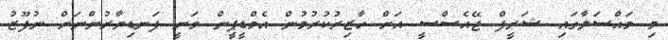
މި މައްސަލާގައި ޝަރީފް ޖޭއެސްސީ އަށް ހާޒިރުކުރުމުން އެމްޑީޕީން ވަނީ ފަނޑިޔާރުންނަށް ނުފޫޒު